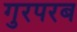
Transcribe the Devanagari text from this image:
गुरपरब